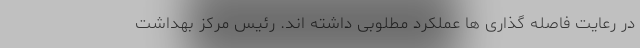
در رعایت فاصله گذاری ها عملکرد مطلوبی داشته اند. رئیس مرکز بهداشت